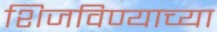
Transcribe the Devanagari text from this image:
शिजविण्याच्या